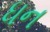
ધન